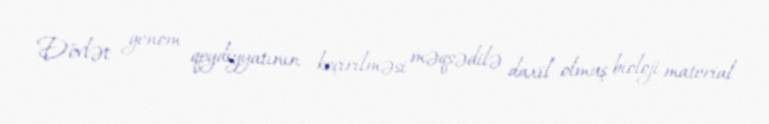
Dövlət genom qeydiyyatının keçirilməsi məqsədilə daxil olmuş bioloji material